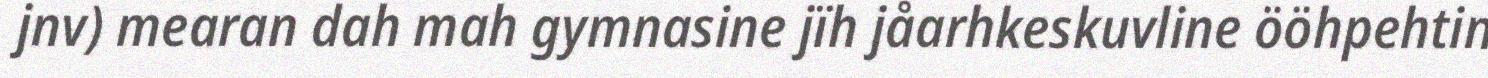
jnv) mearan dah mah gymnasine jïh jåarhkeskuvline ööhpehtin